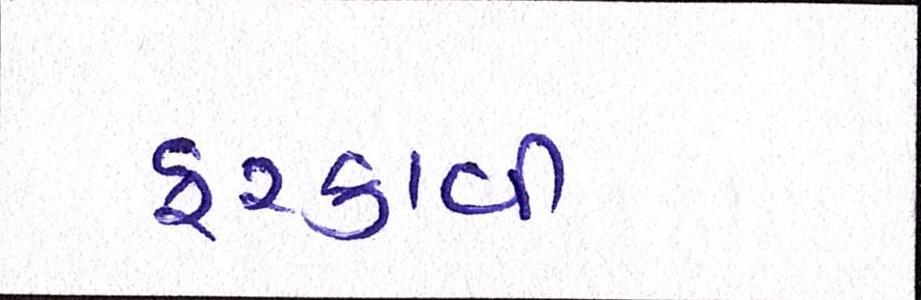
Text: ફરકાવી